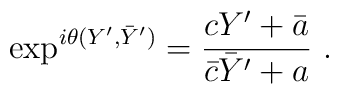
\exp ^{i \theta(Y', \bar Y') } =  {cY' +\bar a \over \bar c \bar Y' + a} \ .